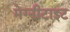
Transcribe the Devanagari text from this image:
मेग्नीटाइट